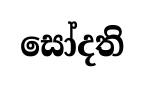
සෝදති